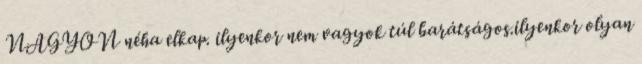
NAGYON néha elkap. ilyenkor nem vagyok túl barátságos.ilyenkor olyan